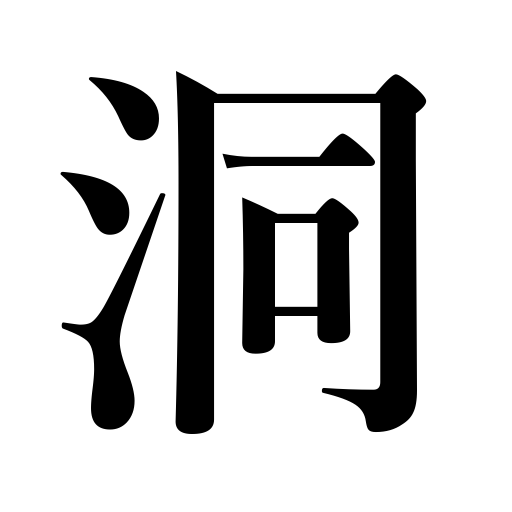
Meanings: den,cave,cavity,excavation